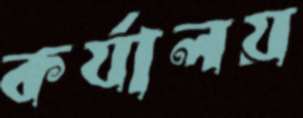
কর্যালয়